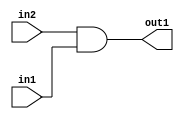
`timescale 1ps / 1ps
/*****************************************************************************
    Verilog RTL Description
    
    
    Created by: Stratus DpOpt 2019.1.01 
*******************************************************************************/

module avg_pool_And_1Ux1U_1U_4 (
	in2,
	in1,
	out1
	); /* architecture "behavioural" */ 
input  in2,
	in1;
output  out1;
wire  asc001;

assign asc001 = 
	(in2)
	&(in1);

assign out1 = asc001;
endmodule

/* CADENCE  urfxTAs= : u9/ySgnWtBlWxVPRXgAZ4Og= ** DO NOT EDIT THIS LINE ******/